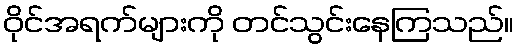
ဝိုင်အရက်များကို တင်သွင်းနေကြသည်။